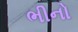
ભીનો